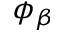
\phi _ { \beta }